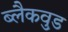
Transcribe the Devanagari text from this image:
ब्लैकव़ुड